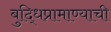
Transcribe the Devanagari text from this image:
बुद्धिप्रामाण्याची